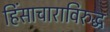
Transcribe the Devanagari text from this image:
हिंसाचाराविरुद्ध